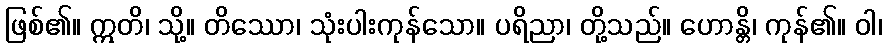
ဖြစ်၏။ ဣတိ၊ သို့။ တိဿော၊ သုံးပါးကုန်သော။ ပရိညာ၊ တို့သည်။ ဟောန္တိ၊ ကုန်၏။ ဝါ၊